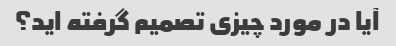
آیا در مورد چیزی تصمیم گرفته اید؟